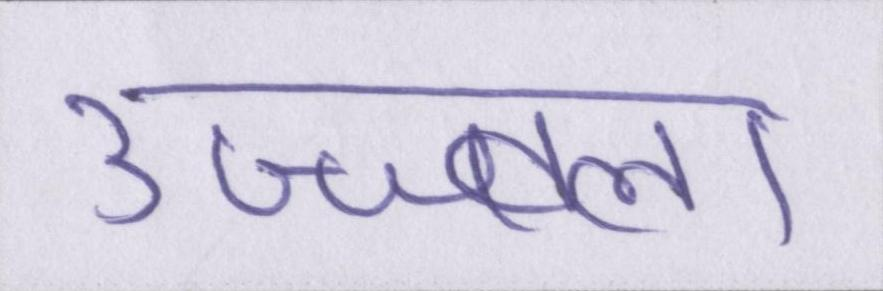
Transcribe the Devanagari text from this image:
उज्ज्वला